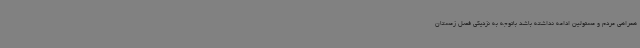
همراهی مردم و مسئولین ادامه نداشته باشد باتوجه به نزدیکی فصل زمستان